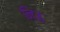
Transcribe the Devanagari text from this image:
निऊ